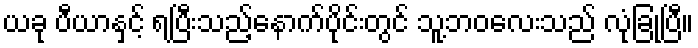
ယခု ပီယာနှင့် ရပြီးသည့်နောက်ပိုင်းတွင် သူ့ဘဝလေးသည် လုံခြုံပြီ။